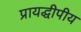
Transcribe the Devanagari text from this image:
प्रायद्धीपीय